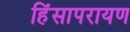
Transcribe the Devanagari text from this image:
हिंसापरायण